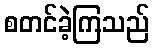
စတင်ခဲ့ကြသည်